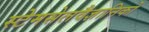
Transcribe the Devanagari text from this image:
स्टेमसेलवैज्ञानिकों